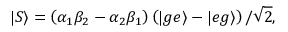
| S \rangle = \left( \alpha _ { 1 } \beta _ { 2 } - \alpha _ { 2 } \beta _ { 1 } \right) \left( | g e \rangle - | e g \rangle \right) / \sqrt { 2 } ,